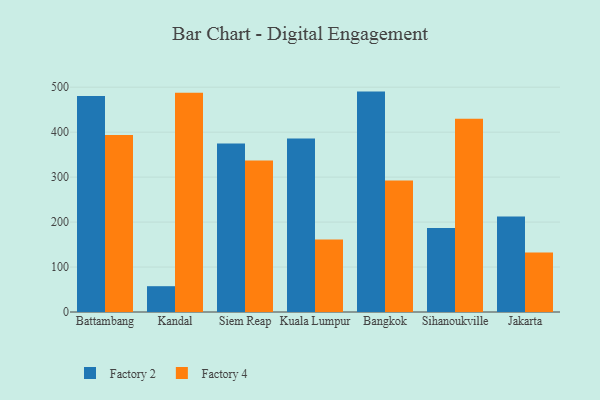
{"axis": {"x": "City", "y": "Demand Index"}, "legend": ["Factory 2", "Factory 4"], "data": [{"x": "Battambang", "y": 480.2, "type": "Factory 2"}, {"x": "Battambang", "y": 393.7, "type": "Factory 4"}, {"x": "Kandal", "y": 57.4, "type": "Factory 2"}, {"x": "Kandal", "y": 487.7, "type": "Factory 4"}, {"x": "Siem Reap", "y": 374.9, "type": "Factory 2"}, {"x": "Siem Reap", "y": 337.0, "type": "Factory 4"}, {"x": "Kuala Lumpur", "y": 385.9, "type": "Factory 2"}, {"x": "Kuala Lumpur", "y": 161.0, "type": "Factory 4"}, {"x": "Bangkok", "y": 490.2, "type": "Factory 2"}, {"x": "Bangkok", "y": 292.3, "type": "Factory 4"}, {"x": "Sihanoukville", "y": 186.6, "type": "Factory 2"}, {"x": "Sihanoukville", "y": 429.6, "type": "Factory 4"}, {"x": "Jakarta", "y": 212.4, "type": "Factory 2"}, {"x": "Jakarta", "y": 132.1, "type": "Factory 4"}]}